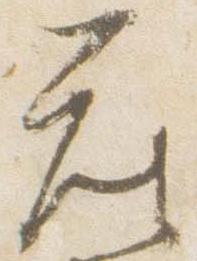
座